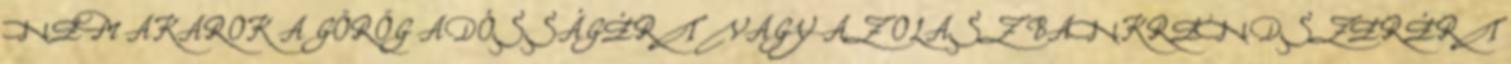
NEM AKAROK A GÖRÖG ADÓSSÁGÉRT VAGY AZ OLASZ BANKRENDSZERÉRT